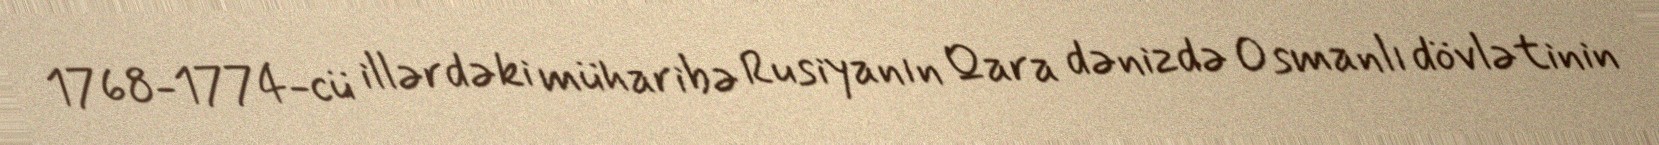
1768-1774-cü illərdəki müharibə Rusiyanın Qara dənizdə Osmanlı dövlətinin